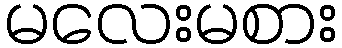
မလေးမစား